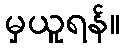
မှယူရန်။